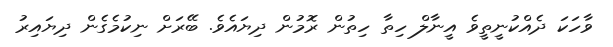
ވާހަކަ ދެއްކުނީތީވެ އީނާލް ހިތާ ހިތުން ރޮމުން ދިޔައެވެ. ބޭރަށް ނިކުމެގެން ދިޔައިރު